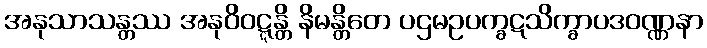
အနုသာသန္တဿ အနုဝိဝဋ္ဋန္တိ နိမန္တိတေ ပဌမဥပက္ခဋသိက္ခာပဒဝဏ္ဏနာ